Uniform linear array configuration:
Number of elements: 64
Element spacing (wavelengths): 0.5
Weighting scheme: uniform
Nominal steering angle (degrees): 60
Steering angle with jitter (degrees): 58.491
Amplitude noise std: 0.05
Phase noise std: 0.05

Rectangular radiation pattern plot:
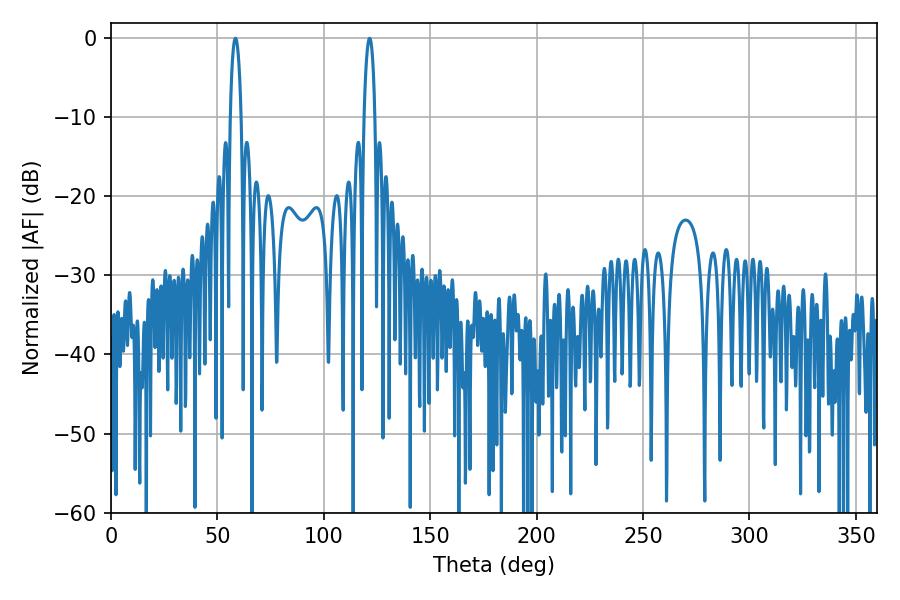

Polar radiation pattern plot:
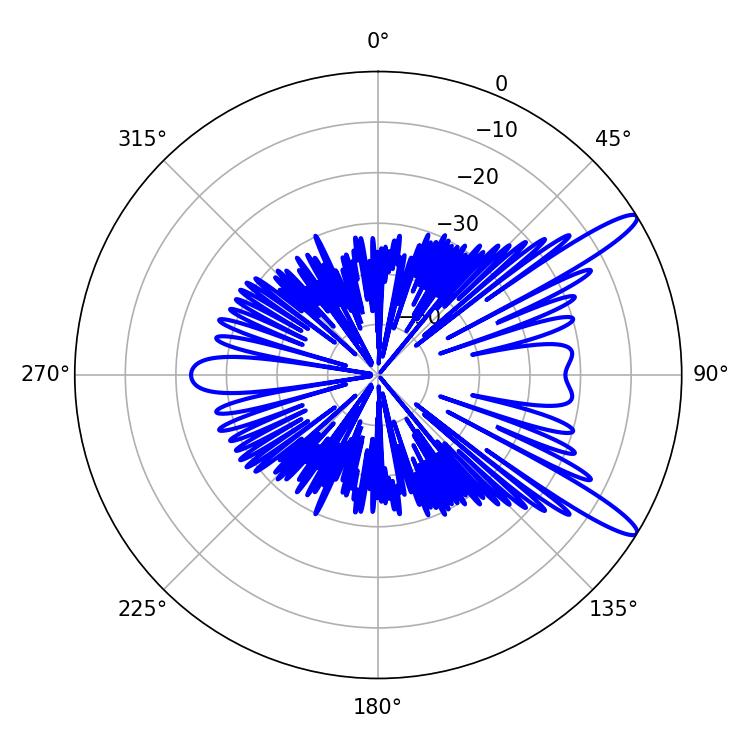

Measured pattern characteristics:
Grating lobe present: FALSE
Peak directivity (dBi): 12.946
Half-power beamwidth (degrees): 2.88
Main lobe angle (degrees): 58.5